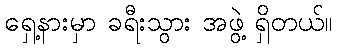
ရှေ့နားမှာ ခရီးသွား အဖွဲ့ ရှိတယ်။